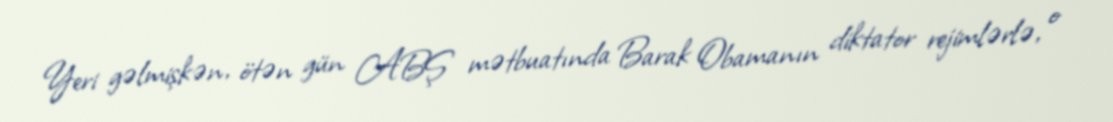
Yeri gəlmişkən, ötən gün ABŞ mətbuatında Barak Obamanın diktator rejimlərlə, o